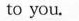
to you.